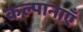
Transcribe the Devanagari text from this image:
कल्पानाएँ